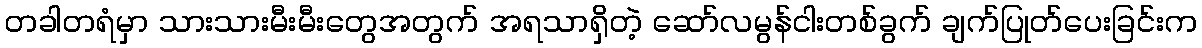
တခါတရံမှာ သားသားမီးမီးတွေအတွက် အရသာရှိတဲ့ ဆော်လမွန်ငါးတစ်ခွက် ချက်ပြုတ်ပေးခြင်းက